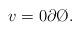
LaTeX: \begin{align*} v = 0\partial \O. \end{align*}